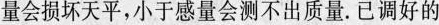
量会损坏天平，小于感量会测不出质量。已调好d的